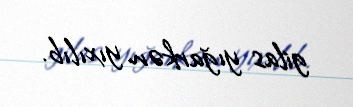
gilas yığarkən yıxılıb.